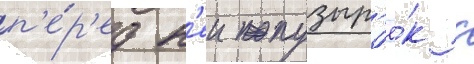
п'е́р'ед н'еи пузыр'ё́к с